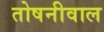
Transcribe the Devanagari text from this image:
तोषनीवाल